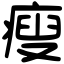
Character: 瘦